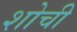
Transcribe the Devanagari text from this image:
शोची